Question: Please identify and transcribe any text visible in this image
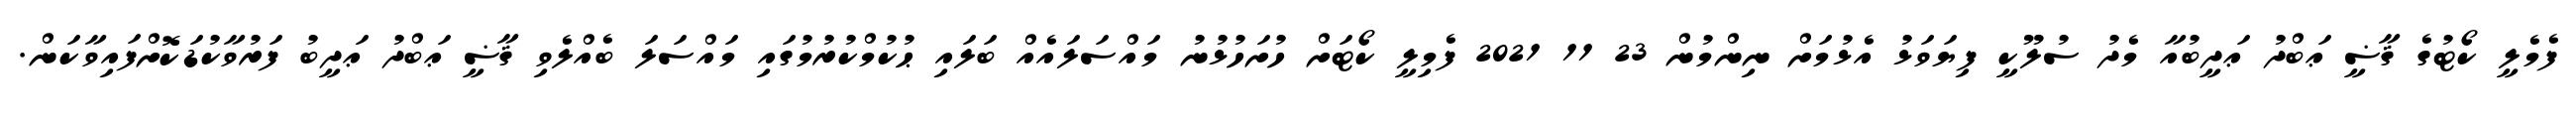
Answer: ފެމެލީ ކޯޓުގެ ޤާޟީ ޢަބްދު ޢަދީބުއާ މެދު ސުލޫކީ ފިޔަވަޅު އެޅުމަށް ނިންމުން 23 11 2021 ފެމިލީ ކޯޓަށް ހުށަހުޅުނު މައްސަލައެއް ބަލައި ޙުކުމްކުރުމުގައި މައްސަލަ ބެއްލެވި ޤާޟީ ޢަބްދު ޢަދީބު ފަރުވާކުޑަކޮށްފައިވާކަން.